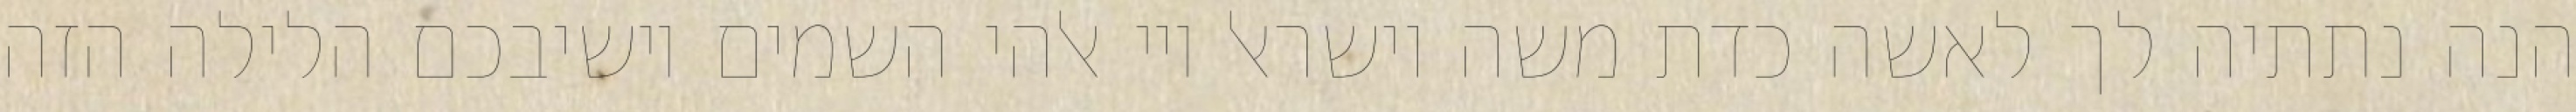
הנה נתתיה לך לאשה כדת משה וישראל ויי אלהי השמים יושיבכם הלילה הזה